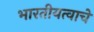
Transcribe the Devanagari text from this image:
भारतीयत्वाचे